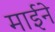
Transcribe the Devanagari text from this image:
माईने